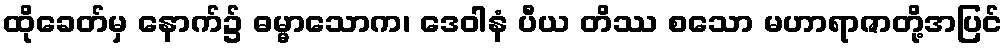
ထိုခေတ်မှ နောက်၌ ဓမ္မာသောက၊ ဒေဝါနံ ပီယ တိဿ စသော မဟာရာဇာတို့အပြင်